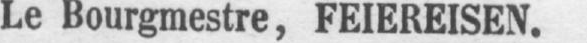
Le Bourgmestre, FEIEREISEN.